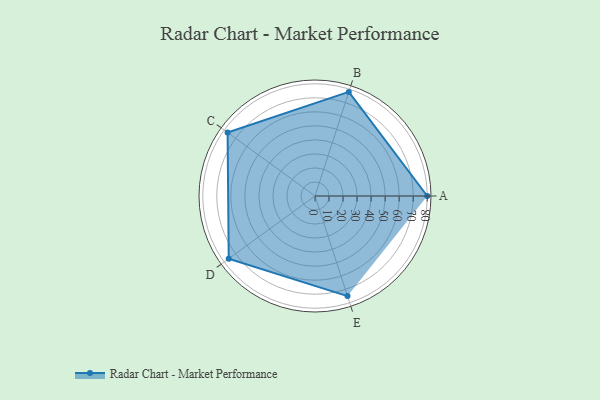
{"axis": {"x": "Skill", "y": "Score"}, "legend": ["Profile"], "data": [{"x": "A", "y": 80.0, "type": "Profile"}, {"x": "B", "y": 78.0, "type": "Profile"}, {"x": "C", "y": 77.0, "type": "Profile"}, {"x": "D", "y": 76.0, "type": "Profile"}, {"x": "E", "y": 75.0, "type": "Profile"}]}